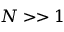
N > > 1